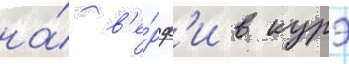
на́ в'е́рф'и в курэ